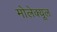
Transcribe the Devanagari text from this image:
मोलेक्यूल